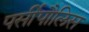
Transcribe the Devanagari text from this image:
पर्सीपौलिस